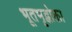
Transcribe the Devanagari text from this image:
भूतभृद्भोक्ता